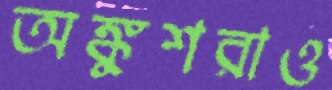
অঙ্কুশরাও